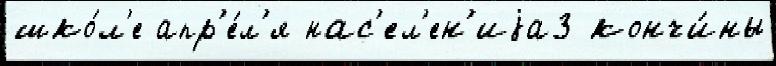
шко́л'е апр'е́л'я нас'ел'ен'иjа3 кончи́ны